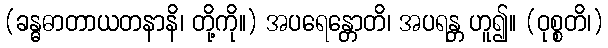
(ခန္ဓဓာတာယတနာနိ၊ တို့ကို။) အပရေန္တောတိ၊ အပရန္တ ဟူ၍။ (ဝုစ္စတိ၊)